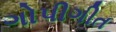
ગોપીગીત